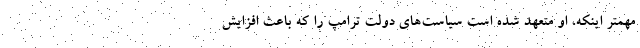
مهمتر اینکه، او متعهد شده است سیاست‌های دولت ترامپ را که باعث افزایش